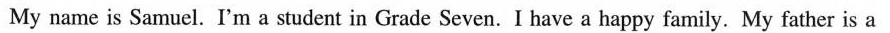
My name is Samuel.I'm a student in Grade Seven. I have a happy family. My father is a